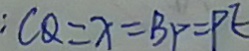
: C Q = x = B p = P E